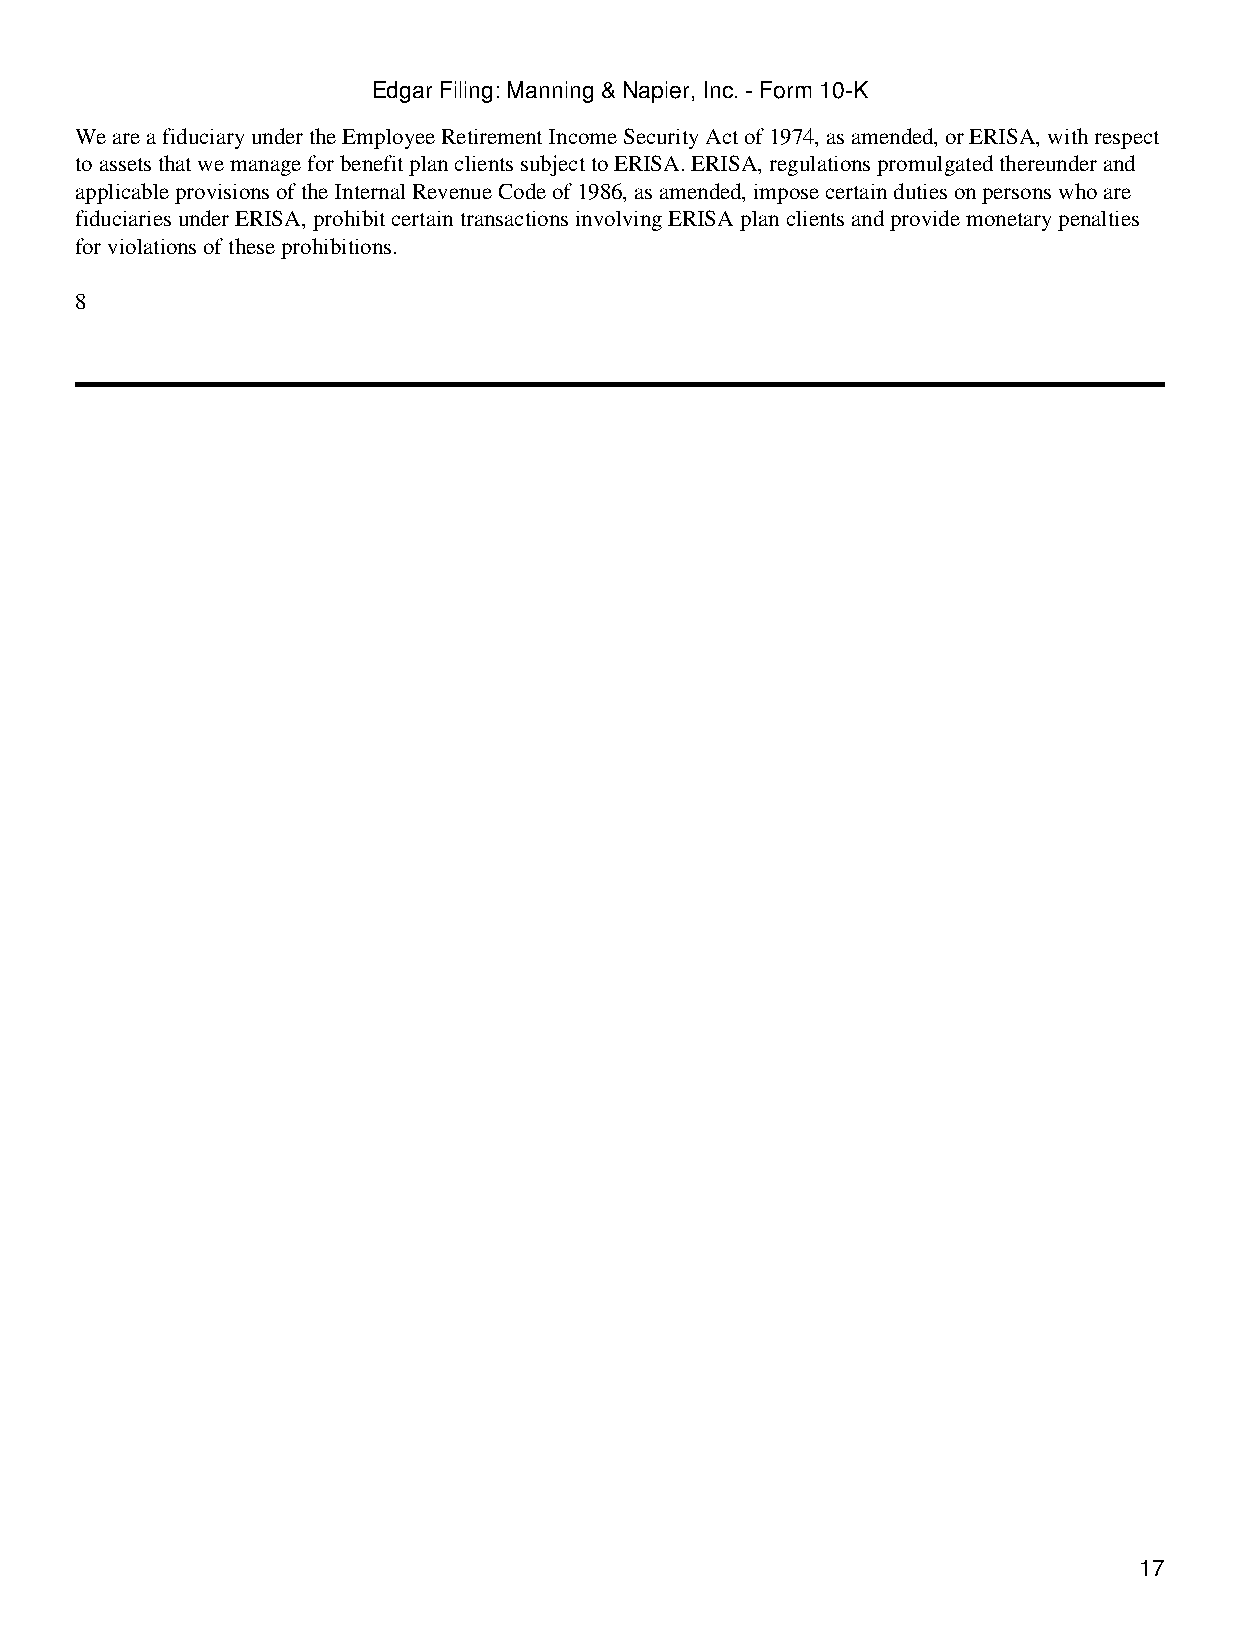
Edgar Filing: Manning & Napier, Inc. - Form 10-K
 We are a fiduciary under the Employee Retirement Income Security Act of 1974, as amended, or ERISA, with respect
 to assets that we manage for benefit plan clients subject to ERISA. ERISA, regulations promulgated thereunder and
 applicable provisions of the Internal Revenue Code of 1986, as amended, impose certain duties on persons who are
 fiduciaries under ERISA, prohibit certain transactions involving ERISA plan clients and provide monetary penalties
 for violations of these prohibitions.
 8
 17